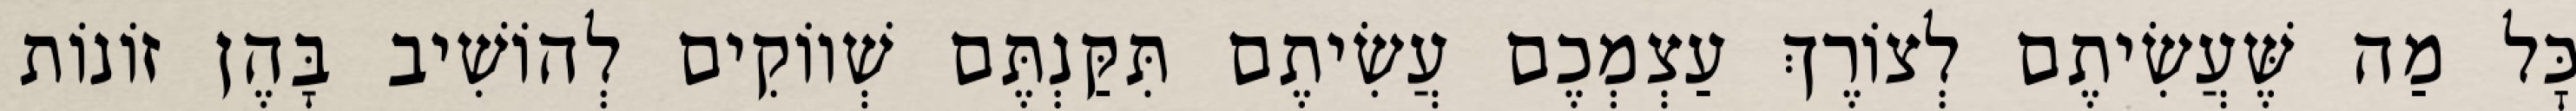
כׇּל מַה שֶּׁעֲשִׂיתֶם לְצוֹרֶךְ עַצְמְכֶם עֲשִׂיתֶם תִּקַּנְתֶּם שְׁווֹקִים לְהוֹשִׁיב בָּהֶן זוֹנוֹת